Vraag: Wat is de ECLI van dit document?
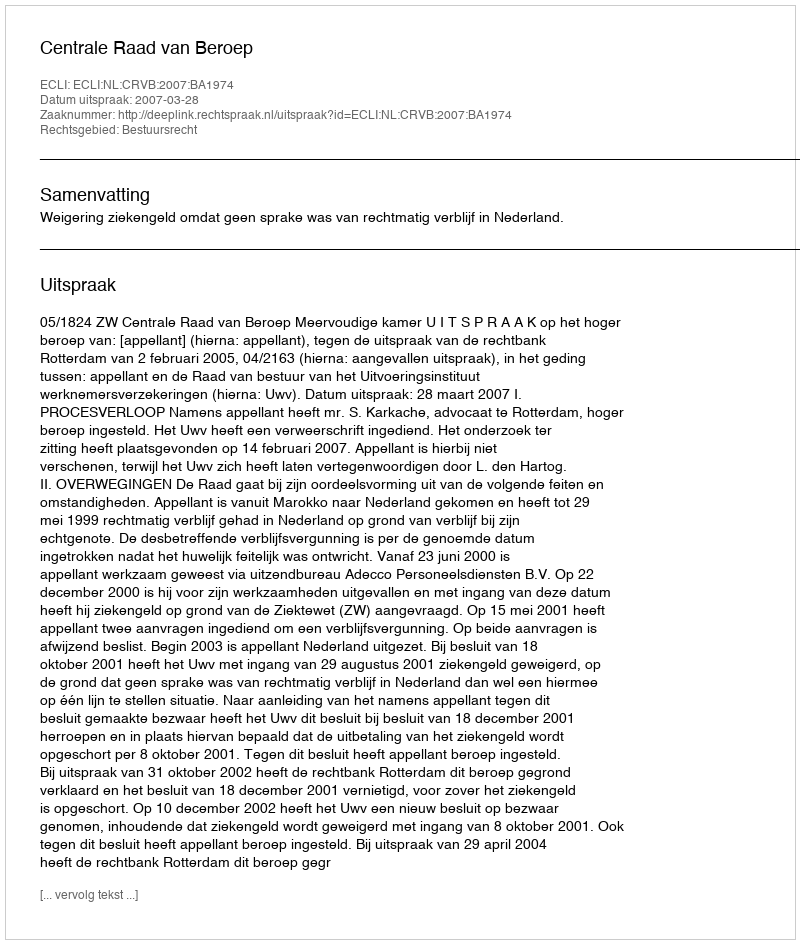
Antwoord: ECLI:NL:CRVB:2007:BA1974